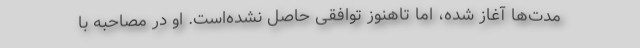
مدت‌ها آغاز شده، اما تاهنوز توافقی حاصل نشده‌است. او در مصاحبه با